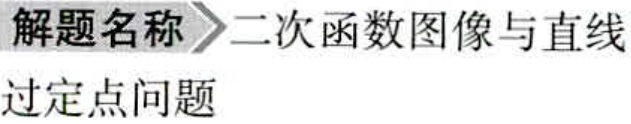
解题名称\(>\)二次函数图像与直线
过定点问题